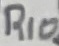
Text: R10